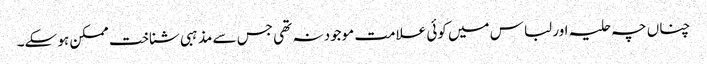
چناں چہ حلیہ اور لباس میں کوئی علامت موجود نہ تھی جس سے مذہبی شناخت ممکن ہو سکے۔